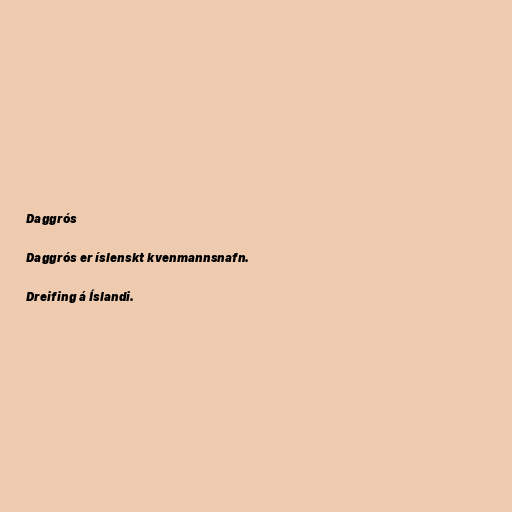
Daggrós

Daggrós er íslenskt kvenmannsnafn.

Dreifing á Íslandi.